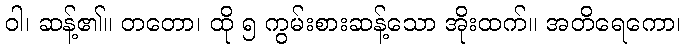
ဝါ၊ ဆန့်၏။ တတော၊ ထို ၅ ကွမ်းစားဆန့်သော အိုးထက်။ အတိရေကော၊